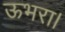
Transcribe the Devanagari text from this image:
ऊभरा।